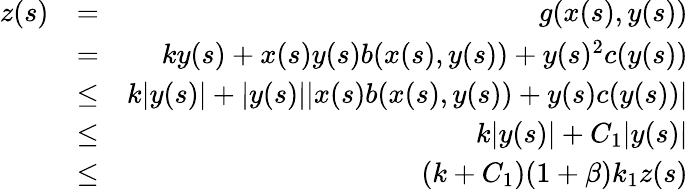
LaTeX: \begin{array}{rlr}{z(s)}&{=}&{g(x(s),y(s))}\\ &{=}&{ky(s)+x(s)y(s)b(x(s),y(s))+y(s)^{2}c(y(s))}\\ &{\leq}&{k|y(s)|+|y(s)||x(s)b(x(s),y(s))+y(s)c(y(s))|}\\ &{\leq}&{k|y(s)|+C_{1}|y(s)|}\\ &{\leq}&{(k+C_{1})(1+\beta)k_{1}z(s)}\end{array}